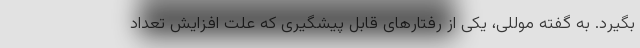
بگیرد. به گفته موللی، یکی از رفتارهای قابل پیشگیری که علت افزایش تعداد